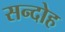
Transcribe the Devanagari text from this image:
सन्दोह